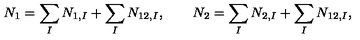
N _ { 1 } = \sum _ { I } N _ { 1 , I } + \sum _ { I } N _ { 1 2 , I } , \qquad N _ { 2 } = \sum _ { I } N _ { 2 , I } + \sum _ { I } N _ { 1 2 , I } ,